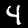
Label: 4